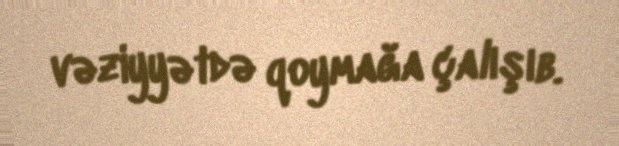
vəziyyətdə qoymağa çalışıb.